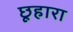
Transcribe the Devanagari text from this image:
छूहारा